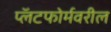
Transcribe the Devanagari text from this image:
प्लॅटफोर्मवरील